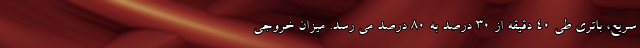
سریع، باتری طی 40 دقیقه از 30 درصد به 80 درصد می رسد. میزان خروجی